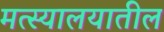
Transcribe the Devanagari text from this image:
मत्स्यालयातील